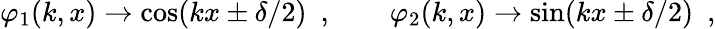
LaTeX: \varphi_{1}(k,x)\to\cos(kx\pm\delta/2)\ \ ,\qquad\varphi_{2}(k,x)\to\sin(kx\pm\delta/2)\ \ ,